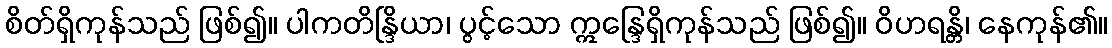
စိတ်ရှိကုန်သည် ဖြစ်၍။ ပါကတိန္ဒြိယာ၊ ပွင့်သော ဣန္ဒြေရှိကုန်သည် ဖြစ်၍။ ဝိဟရန္တိ၊ နေကုန်၏။